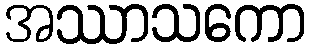
အဿာသကော